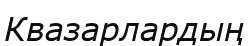
Квазарлардың